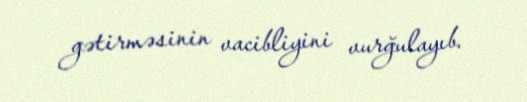
gətirməsinin vacibliyini vurğulayıb.